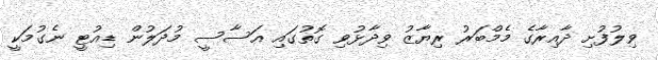
ވިލުފުށި ދާއިރާގެ މެމްބަރު ރިޔާޒު ވިދާޅުވި ގޮތުގައި އަސާސީ މުދަލުން ޑިއުޓީ ނެގުމަކީ